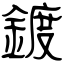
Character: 鍍